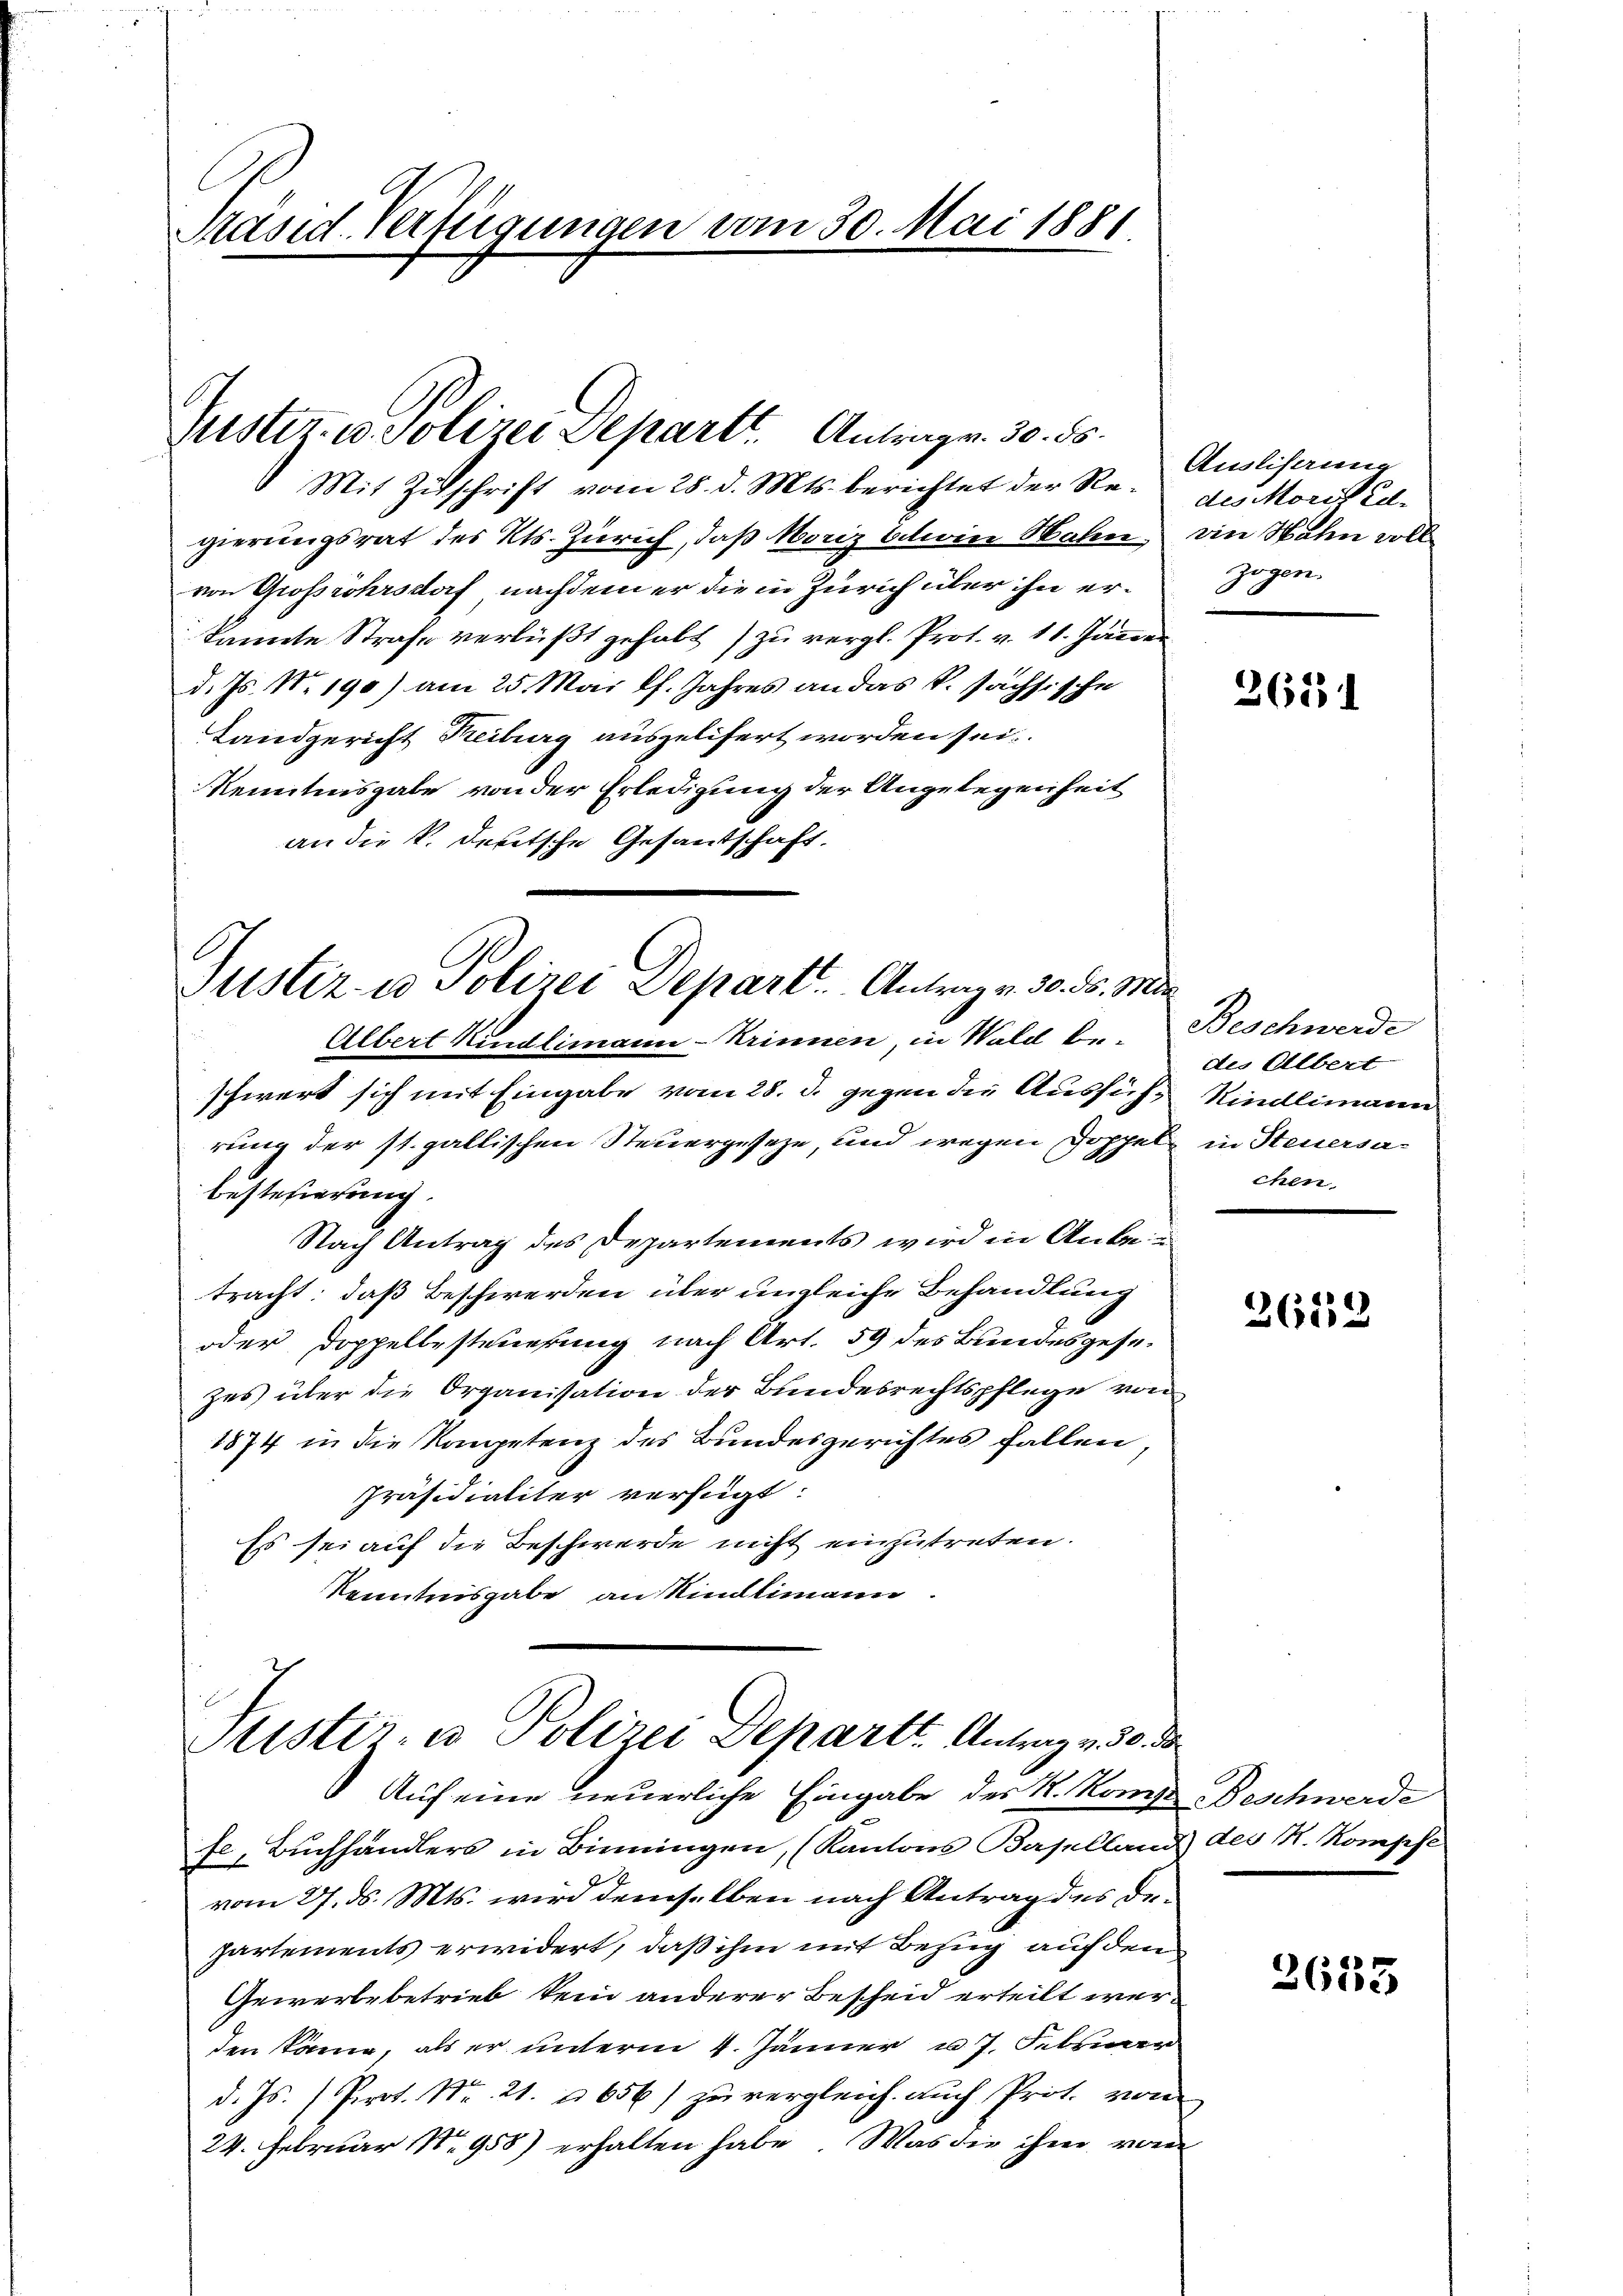
Präsid. Verfügungen vom 30. Mai 1881.

Puster. v. Polizei Depart. Antrag v. 30. 55.

Mit Zitschrift vom 28. d. Mts. berichtet der Regierungsrat des Kts. Zürich, daß Moriz Eclini Malen
von Grossrohrsdorf nachdem er die in Zürich über ihn erkannte Strafe verlust gehabt zu vergl. Prot. v. 11. Jänne
d. Js. No 190) am 25. Mai lf. Jahres an das k. sächsische
Landgericht Reiburg auszelifert worden sei.
Kenntnisgabe von der Erledigung der Angelegenheit
an die k. deutsche Gesandschaft.

Justiz- u Polizei Depart. Antrag v. 30. ds. M.
Albert Kindlimann-Krinnen in Wald be- Beschwerde

Sistir- u Polizei Departt. Antrag v. 30. d.
Auf eine neuerliche Eingabe des K. Kompt Beschwerde

schwert sich mit Eingabe vom 28. d. gegen die Aussiche Kindlimann
rung der st. gallischen Steuergeseze, und wegen Doppel in Steuersabestefierung
Nach Antrag des Departements wird in Anbetracht: daß Beschwerden über ungleiche Behandlung
oder Doppellesteuerung nach Art. 59 des Bundesgesezes über die Organisation der Bundesrechtspflege von
1874 in die Kompetenz des Bundesgerichtes fallen,
Präsidialiter verfügt:
Es sei auf die Beschwerde nicht einzutreten.
Kenntnisgabe an Rindlimann.

fe, Buchhändlers in Binningen, (Kantons Baselland) des N. Kompfe
vom 27. ds. Mts. wird demselben nach Antrag des Departements erwidert, daß ihm mit Bezug auf den
Gewerbebetrieb kein anderer Bescheid erteilt werden kann, als er unterm 4. Jänner u. 7. Februar
d. Js. (Prot. Nr. 21. 656) zu vergleich auch Prot. von
24. Februar 18958) erhalten habe. Was die ihm vom

Auslisaue
des Morif Ed.
vin Hahn voll
zogen.

26131

.
des Albert
chen.

3629

2635